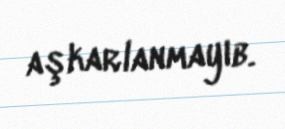
aşkarlanmayıb.